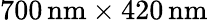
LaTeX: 700\, \mathrm{nm}\times 420\, \mathrm{nm}